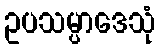
ဥပသမ္ပာဒေသုံ